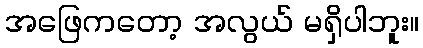
အဖြေကတော့ အလွယ် မရှိပါဘူး။